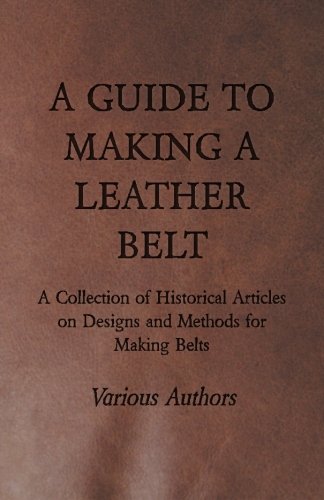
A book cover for A Guide to Making a Leather Belt - A Collection of Historical Articles on Designs and Methods for Making Belts; Various; Crafts, Hobbies & Home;